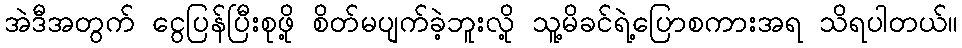
အဲဒီအတွက် ငွေပြန်ပြီးစုဖို့ စိတ်မပျက်ခဲ့ဘူးလို့ သူ့မိခင်ရဲ့ပြောစကားအရ သိရပါတယ်။